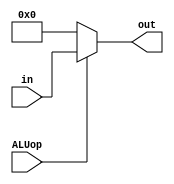
module ALU_control(
input [4:0] in,input ALUop,
output [4:0]out
);
assign out=ALUop?in:5'b0;
endmodule